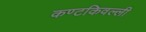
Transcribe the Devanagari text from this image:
कण्टकिवल्ली